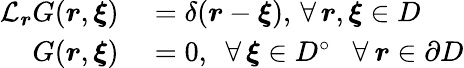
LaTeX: \begin{array}{rl}{\mathcal{L}_{\boldsymbol{r}}G(\boldsymbol{r},\boldsymbol{\xi})}&{{}=\delta(\boldsymbol{r}-\boldsymbol{\xi}),\, \forall\, \boldsymbol{r},\boldsymbol{\xi}\in D}\\ {G(\boldsymbol{r},\boldsymbol{\xi})}&{{}=0,\, \, \, \forall\, \boldsymbol{\xi}\in D^{\circ}\: \: \, \, \forall\: \boldsymbol{r}\in\partial D}\end{array}